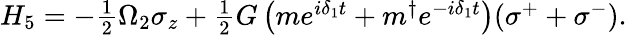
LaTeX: \begin{array}{r}{H_{5}=-\frac{1}{2}\Omega_{2}\sigma_{z}+\frac{1}{2}G\left(me^{i\delta_{1}t}+m^{\dagger}e^{-i\delta_{1}t}\right)(\sigma^{+}+\sigma^{-}).}\end{array}